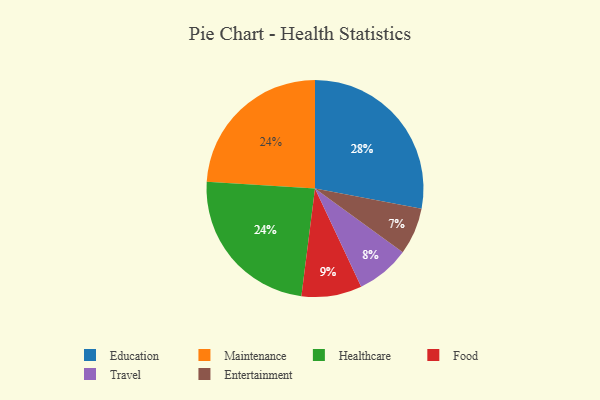
{"axis": {"x": "Category", "y": "Percentage"}, "legend": ["Education", "Entertainment", "Food", "Healthcare", "Maintenance", "Travel"], "data": [{"x": "Food", "y": 9, "type": "Food"}, {"x": "Maintenance", "y": 24, "type": "Maintenance"}, {"x": "Healthcare", "y": 24, "type": "Healthcare"}, {"x": "Education", "y": 28, "type": "Education"}, {"x": "Travel", "y": 8, "type": "Travel"}, {"x": "Entertainment", "y": 7, "type": "Entertainment"}]}